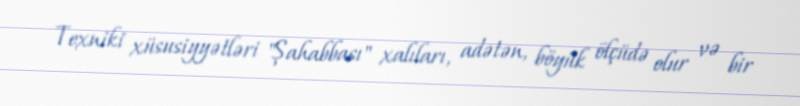
Texniki xüsusiyyətləri "Şahabbası" xalıları, adətən, böyük ölçüdə olur və bir